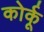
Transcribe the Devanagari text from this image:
कोर्कू